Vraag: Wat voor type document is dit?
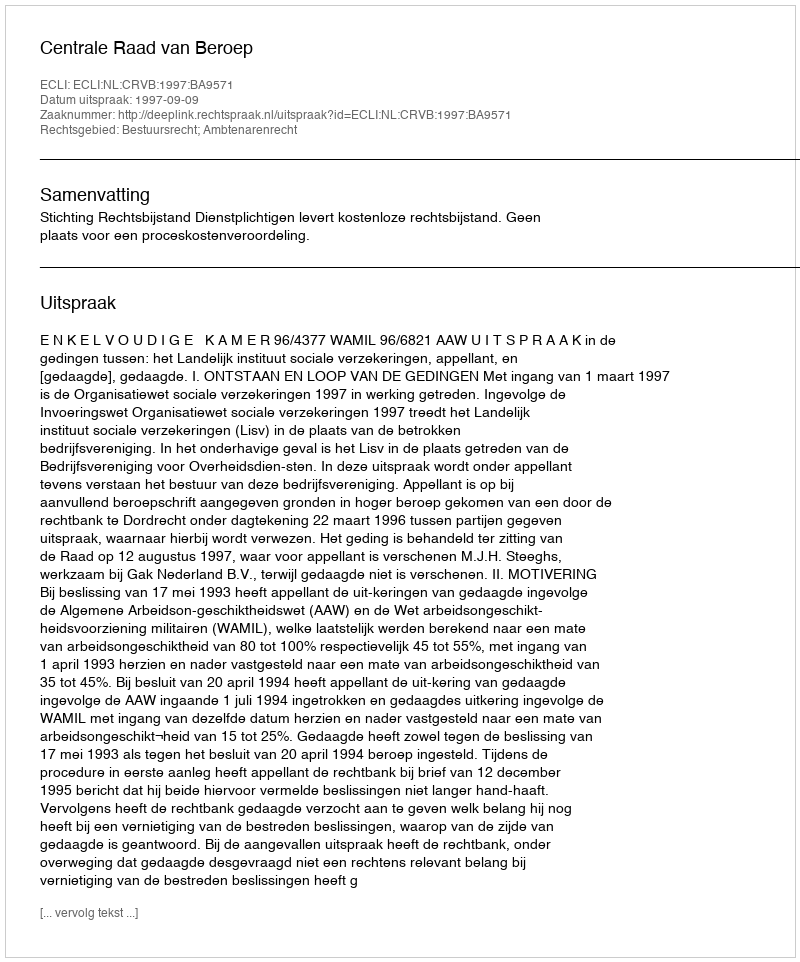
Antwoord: Uitspraak